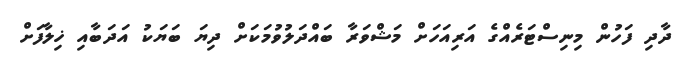
ދާދި ފަހުން މިނިސްޓަރެއްގެ އަރިއަހަށް މަޝްވަރާ ބައްދަލުވުމަކަށް ދިޔަ ބަޔަކު އަދަބާއި ޚިލާފަށް